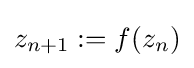
z_{n+1}:=f(z_{n})